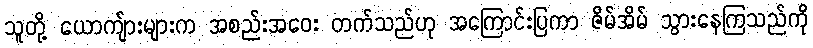
သူတို့ ယောကျ်ားများက အစည်းအဝေး တက်သည်ဟု အကြောင်းပြကာ ဇိမ်အိမ် သွားနေကြသည်ကို